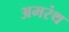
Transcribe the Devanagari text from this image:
अमरंथ